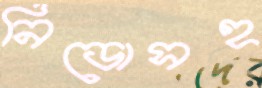
নিডোসহ